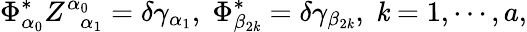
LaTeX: \Phi_{\alpha_{0}}^{*}Z_{\; \; \alpha_{1}}^{\alpha_{0}}=\delta\gamma_{\alpha_{1}},\; \Phi_{\beta_{2\mathit{k}}}^{*}=\delta\gamma_{\beta_{2\mathit{k}}},\; \mathit{k}=1,\cdots,a,